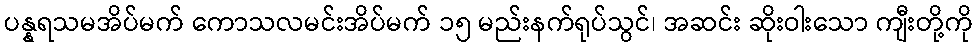
ပန္နရသမအိပ်မက် ကောသလမင်းအိပ်မက် ၁၅ မည်းနက်ရုပ်သွင်၊ အဆင်း ဆိုးဝါးသော ကျီးတို့ကို